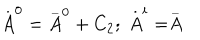
\stackrel { . } { A } ^ { 0 } = \stackrel { \_ } { A } ^ { 0 } + C _ { 2 } ; \; \stackrel { . } { A } ^ { i } = \stackrel { \_ } { A }